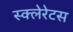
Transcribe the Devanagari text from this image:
स्क्लेरेटस